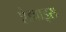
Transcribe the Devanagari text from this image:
ऐडवाइस